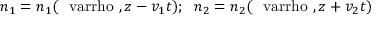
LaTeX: n _ { 1 } = n _ { 1 } ( { \mathrm { \boldmath ~ \ v a r r h o ~ } } , z - v _ { 1 } t ) ; \; \; n _ { 2 } = n _ { 2 } ( { \mathrm { \boldmath ~ \ v a r r h o ~ } } , z + v _ { 2 } t )